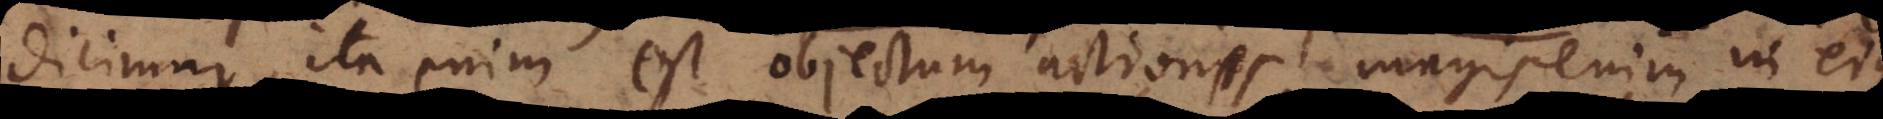
dicimur, ita enim est objectum actionis magis enim in ejus